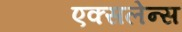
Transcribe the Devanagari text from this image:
एक्सलेन्स